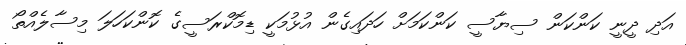
އަދި ދީނީ ކަންކަން ސިޔާސީ ކަންކަމަށް ހަދައިގެން އުޅުމަކީ ޑިމޮކްރަސީގެ ކޮންކަހަލަ މިސާލެއްތޯ